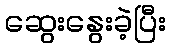
ဆွေးနွေးခဲ့ပြီး